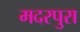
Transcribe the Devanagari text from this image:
मदरपुरा